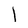
Character: 1